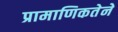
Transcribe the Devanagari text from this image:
प्रामाणिकतेने